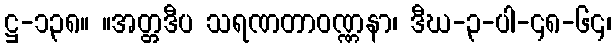
ဋ္ဌ-၁၃၈။ ။အတ္တဒီပ သရဏတာဝဏ္ဏနာ၊ ဒီဃ-၃-ပါ-၄၈-၆၄၊